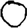
Digit: 0